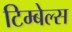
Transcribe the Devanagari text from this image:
टिम्बेल्स